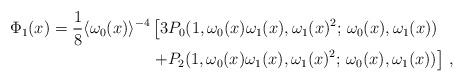
LaTeX: \begin{align*} \Phi_1(x) = \frac{1}{8}\langle \omega_0(x)\rangle^{-4} & \left[3P_0(1, \omega_0(x)\omega_1(x),\omega_1(x)^2;\,\omega_0(x),\omega_1(x)) \right.\\&\left. + P_2(1, \omega_0(x)\omega_1(x),\omega_1(x)^2;\,\omega_0(x),\omega_1(x))\right]\, ,\end{align*}